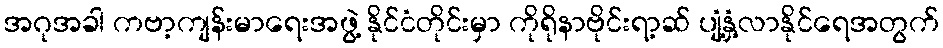
အဂုအခါ ကဗာ့ကျန်းမာရေးအဖွဲ့ နိုင်ငံတိုင်းမှာ ကိုရိုနာဗိုင်းရာ့ဆ် ပျံ့နှံ့လာနိုင်ရေအတွက်